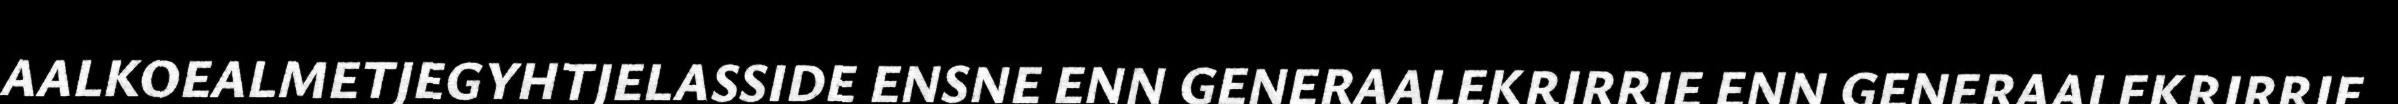
AALKOEALMETJEGYHTJELASSIDE ENSNE ENN GENERAALEKRIRRIE ENN GENERAALEKRIRRIE